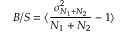
B / S = \langle { \frac { \sigma _ { N _ { 1 } + N _ { 2 } } ^ { 2 } } { N _ { 1 } + N _ { 2 } } } - 1 \rangle